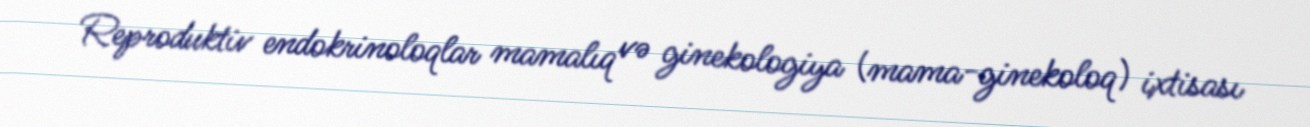
Reproduktiv endokrinoloqlar mamalıq və ginekologiya (mama-ginekoloq) ixtisası